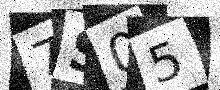
Text: 7S05